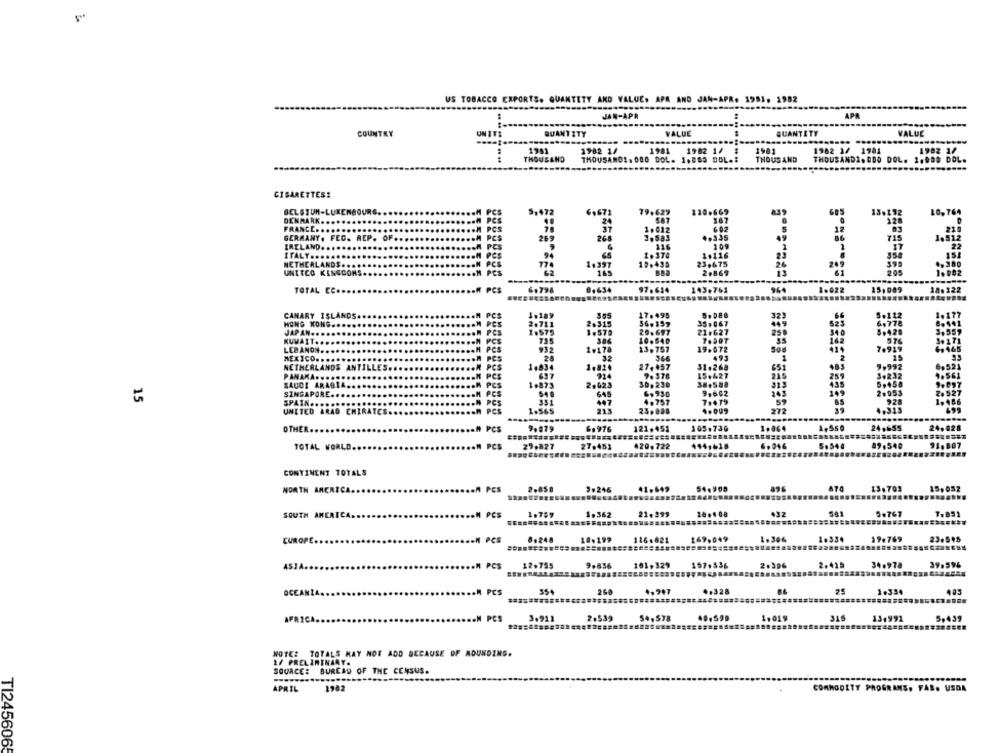
US TOBACCO EXPORTS. QUANTITY AND VALUE, APR AND JAN-APR. 1981. 1982
APR
JAN-APR
COUNTRY
UNITS
QUANTITY
VALUE
QUANTITY
VALUE
1981
1982 1/
1981
1982 1/
1981
1982 1/ 1981
1982 1/
.. ..
THOUSAND
THOUSAND
THOUSAND1, BDO DOL. 1.900 DOL.
BOL. 1.889 BOL.i
CIGARETTES!
DENMARK ..
FRANCE ..
GERMANY, FEC. REP. OF.
IRELAND. ..
ITALY .........
....
NETHERLANDS .........
UNITCO KINGCONS .....
33477173
TOTAL CC ...
97.614
143.761
1.022
15,009
CANARY ISLANDS
1.189
5.088
323
HONG KONG .....
2.711
35.067
DES
21.627
JAPAN .. ...
...
T.DOT
KUVAIT ..........
PCS
LEBANON ........
...
1+175
13,757
19.678
508
MEXICO ..
Cs
.26
NETHERLANDS ANTILLES
27.657
31.26
PANAKA ..
15.427
SAUDI ARABIA .....
PCS
38+588
1,87:
2,023
36.296
15
SINGAPORE ...
PCS
4. 930
SPAIN ...
UNITED ARAD CHIRATC
272
OTHER
H PCS
9,979
6,976
121.451
105.730
1,550
24.028
N PCS
29.827
27.451
120.722
114,618
6.046
5.544
91.887
TOTAL WORLD.
CONTINENT TOTALS
NORTH AMERICA.
PCS
2.850
9.246
41.649
54.900
13.703
15,052
.......
........
PCS
21.999
24.408
,32
581
5.767
7.851
SOUTH AMERICA.
1.759
1.362
.......==
EUROPE.
pes
0,248
10.199
126.021
049
1.306
1.33.
19.769
23.548
PCS
12.755
9.836
161,329
157.336
2.396
2.415
34.978
39.594
ASIA .....
....
OCEANIA ...
PCS
35+
260
4,947
4.328
1.334
=======
PCS
3.912
2.539
54,578
40,599
1.019
316
13,991
5,439
AFRICA.
NOTEZ TOTALS MAY NOT ADD BECAUSE OF ADUNDING.
2/ PRELIMINARY.
SOURCE: BUREAU OF THE CENSUS.
APRIL
1982
COMMODITY PROGRAMS. FAS. USDA
TI245606